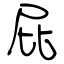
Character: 屁